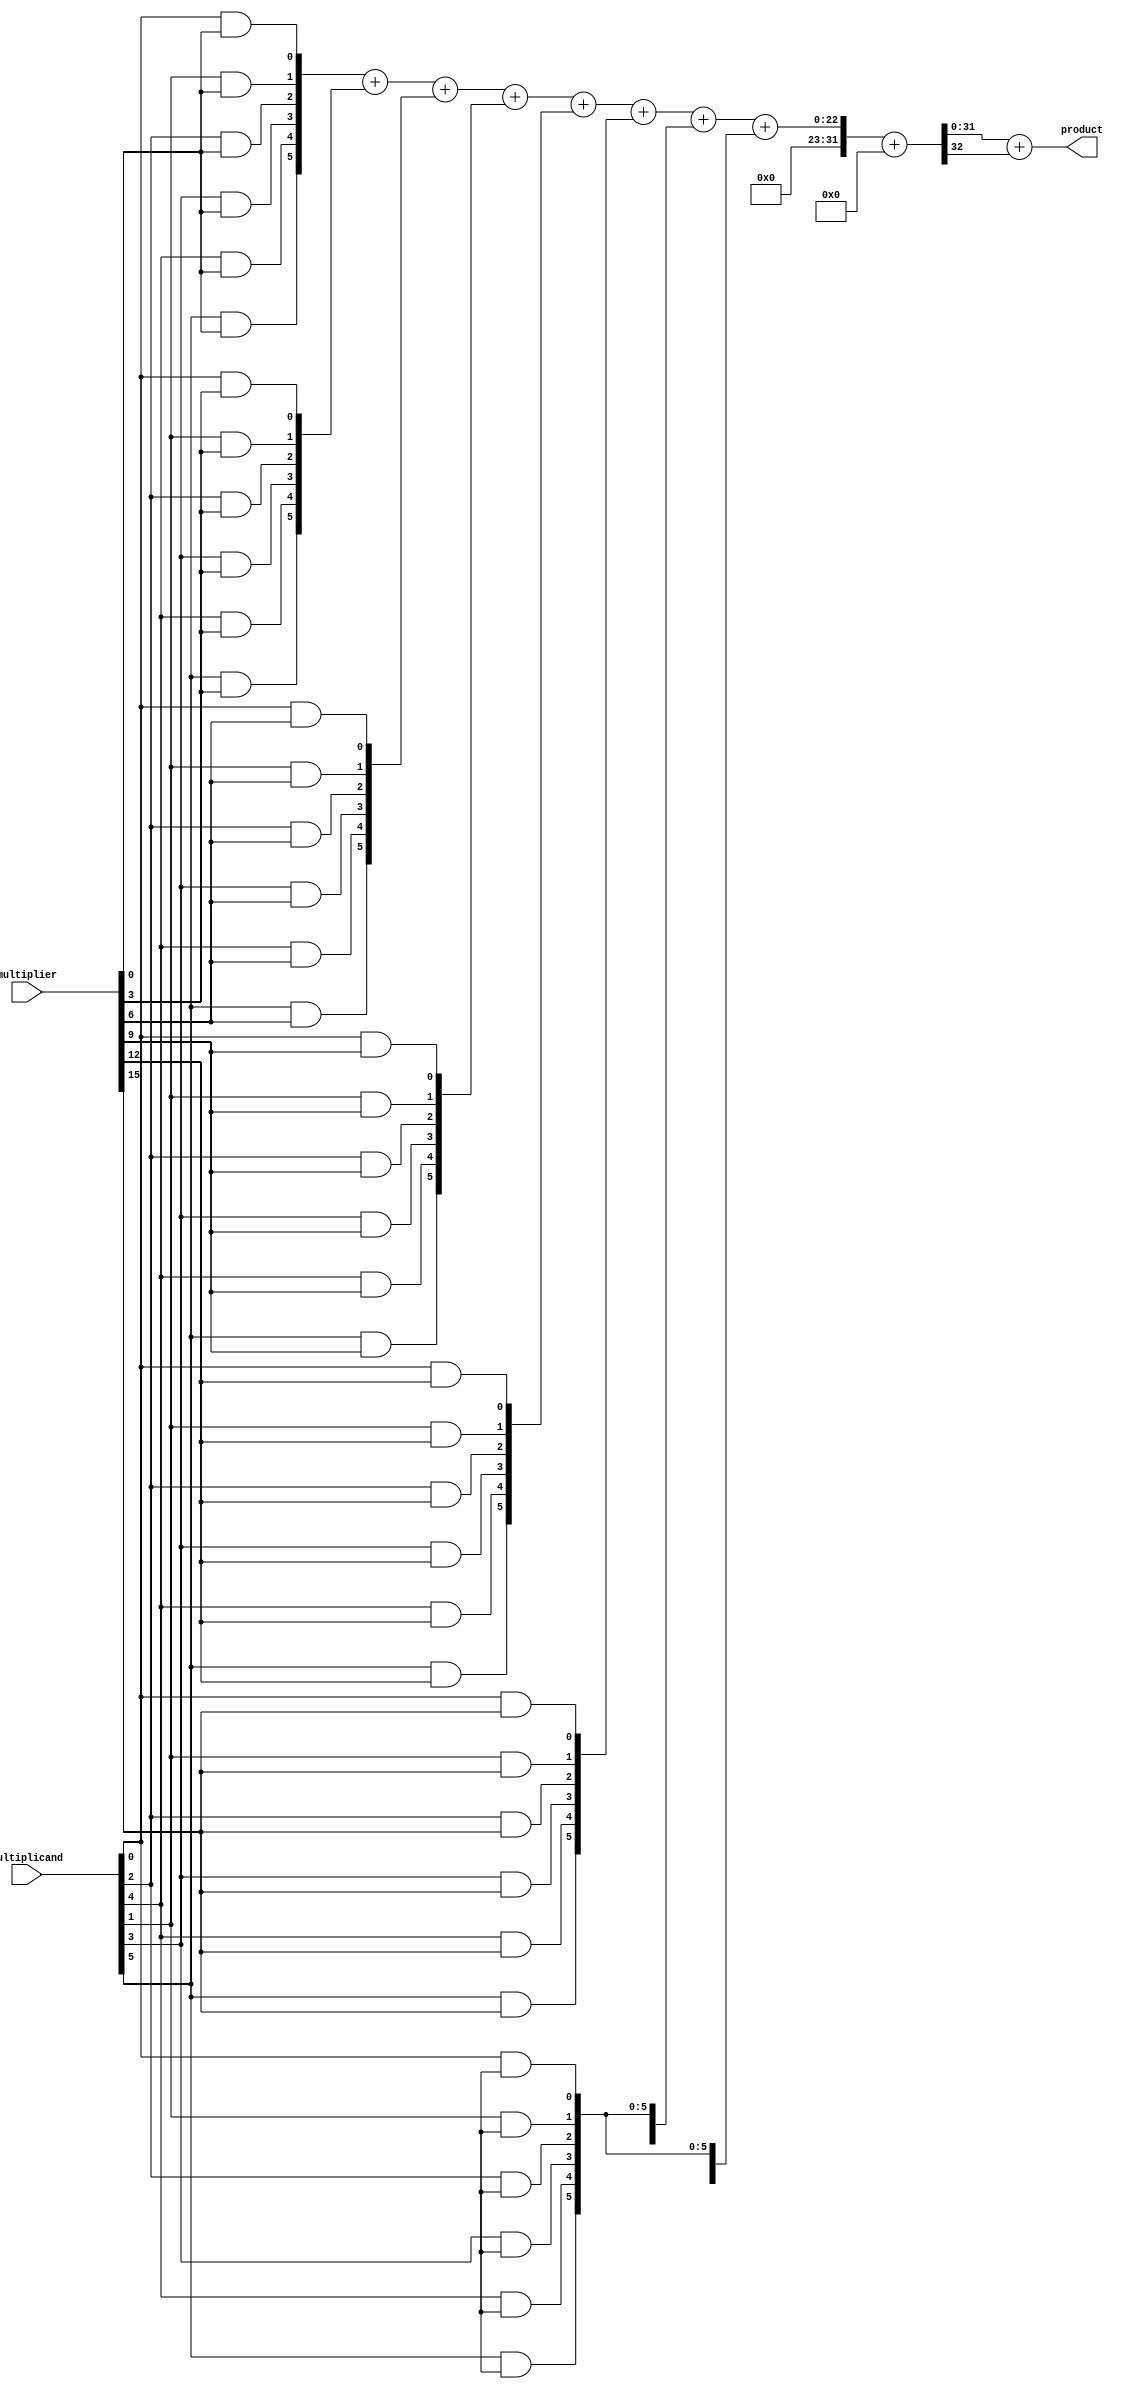
module Radix8WallaceTreeMultiplier (
    input [15:0] multiplicand, // 16-bit multiplicand
    input [15:0] multiplier,    // 16-bit multiplier
    output [31:0] product       // 32-bit product
);

    // Partial product generation
    wire [15:0] pp[7:0]; // Storage for 8 partial products
    generate
        genvar i, j;
        for (i = 0; i < 8; i = i + 1) begin : partial_product_gen
            for (j = 0; j < 3; j = j + 1) begin : and_gen
                assign pp[i][j*2]   = multiplicand[j*2] & multiplier[i*3]; // Generate partial products
                assign pp[i][j*2+1] = multiplicand[j*2+1] & multiplier[i*3]; 
            end
        end
    endgenerate

    // Wallace Tree Reduction
    wire [31:0] sum[7:0]; // Sum wires for Wallace tree
    wire [31:0] carry[7:0]; // Carry wires for Wallace tree

    // Stage 1: Add partial products
    generate
        for (i = 0; i < 8; i = i + 1) begin : stage1
            if (i == 0) begin
                assign sum[i] = pp[i];
                assign carry[i] = 0;
            end else begin
                assign {carry[i], sum[i]} = sum[i-1] + pp[i];
            end
        end
    endgenerate

    // Stage 2: Further reduction using carry-save adder
    wire [31:0] final_sum;
    wire [31:0] final_carry;

    assign {final_carry, final_sum} = sum[7] + carry[7]; // Final addition

    // Output the final product
    assign product = final_sum + final_carry;

endmodule